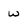
Character: w